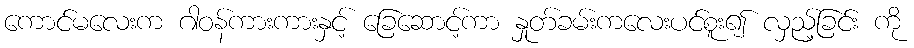
ကောင်မလေးက ဂါဝန်ကားကားနှင့် ခြေဆောင့်ကာ နှုတ်ခမ်းကလေးပင်စူး၍ လှည့်ခြင်း ကို